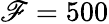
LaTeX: \mathscr{F}=500